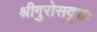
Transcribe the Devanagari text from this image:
श्रीगुरोसदृशः